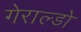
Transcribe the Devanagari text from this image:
गेराल्डो